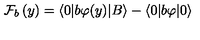
\mathcal { F } _ { b } \left( y \right) = \langle 0 | b \varphi ( y ) | B \rangle - \langle 0 | b \varphi | 0 \rangle